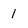
Character: 1